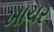
ખાચર